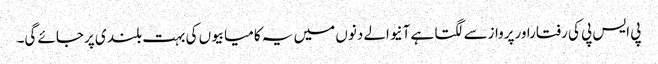
پی ایس پی کی رفتاراورپروازسے لگتا ہے آنیوالے دنوں میں یہ کامیابیوں کی بہت بلند ی پرجائے گی۔